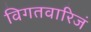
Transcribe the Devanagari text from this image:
विगतवारिजं